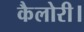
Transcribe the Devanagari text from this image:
कैलोरी।